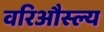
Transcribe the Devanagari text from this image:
वरिऔस्ल्य